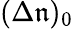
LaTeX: (\Delta{\mathfrak{n}})_{0}